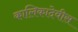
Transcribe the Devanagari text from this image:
कालिकादेवीस